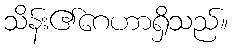
သိန်း၏ဂေဟာရှိသည်။